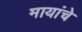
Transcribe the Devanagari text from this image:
मायांचे